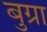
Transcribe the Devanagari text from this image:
बुग्रा